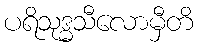
ပရိသုဒ္ဓသီလောမှီတိ